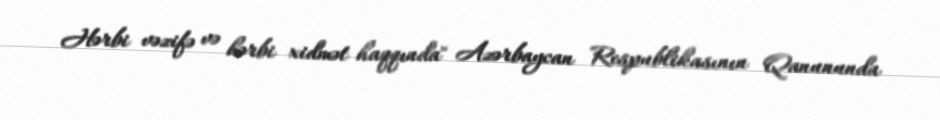
Hərbi vəzifə və hərbi xidmət haqqında" Azərbaycan Respublikasının Qanununda